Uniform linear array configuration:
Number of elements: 48
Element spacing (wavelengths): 0.25
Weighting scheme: uniform
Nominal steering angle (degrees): -30
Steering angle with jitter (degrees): -29.737
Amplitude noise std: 0.05
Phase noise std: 0.05

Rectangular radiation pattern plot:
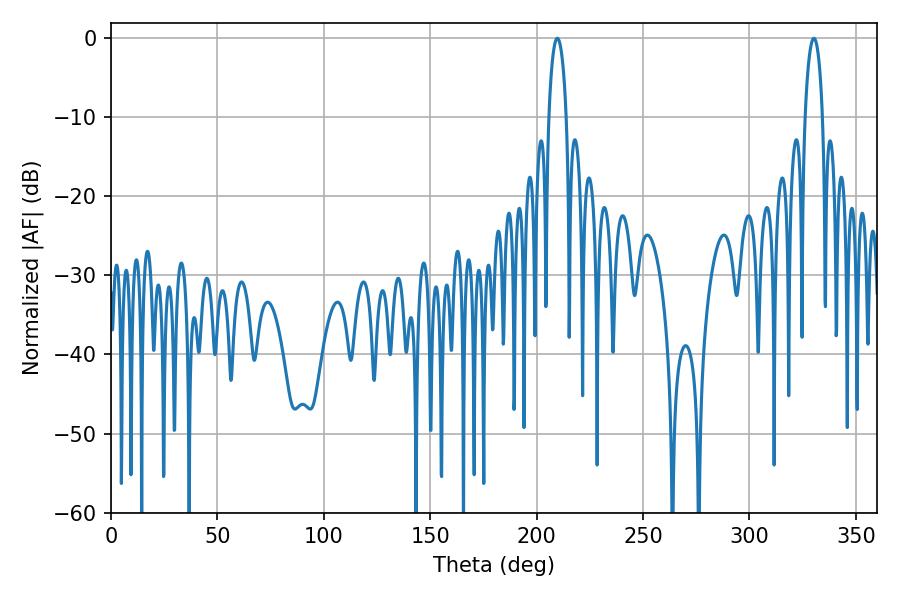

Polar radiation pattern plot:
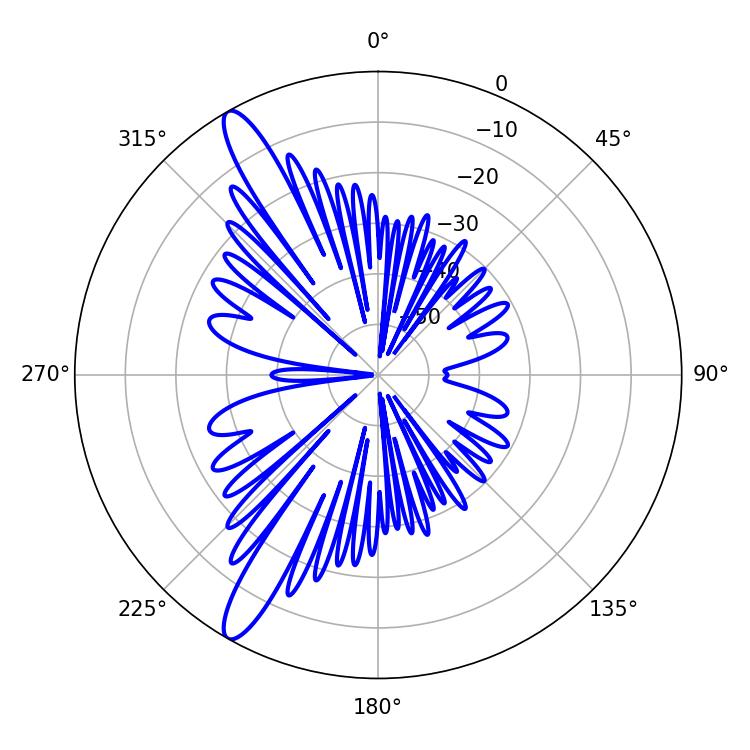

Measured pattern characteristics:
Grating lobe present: FALSE
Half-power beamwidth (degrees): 4.68
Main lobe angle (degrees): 209.7